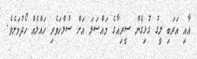
އާއި އަރަބި ލީގު ގުޅިގެން ސީރިއާގެ މައްސަލަ އަށް ސުލްހަވެރި ހައްލެއް ހޯދުމަށެވެ.